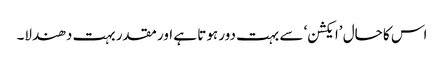
اس کا حال ’ایکشن‘ سے بہت دور ہوتا ہے اور مقدر بہت دھندلا۔